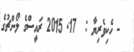
- ހެކިވެރިޔާ :  17